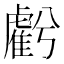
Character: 𧇾